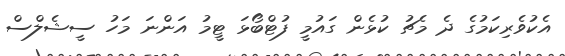
އެކުވެރިކަމުގެ ދެ މެޗު ކުޅެން ގައުމީ ފުޓްބޯޅަ ޓީމު އަންނަ މަހު ސީޝެލްސް